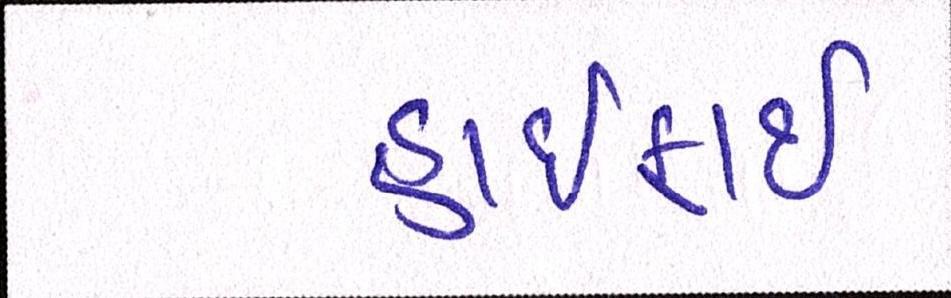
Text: હાઈફાઈ